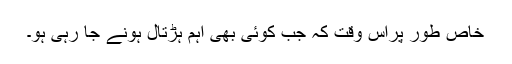
خاص طور پراس وقت کہ جب کوئی بھی اہم ہڑتال ہونے جا رہی ہو۔